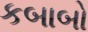
કબાબો